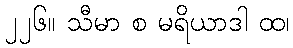
၂၂၆။ သီမာ စ မရိယာဒါ ထ၊